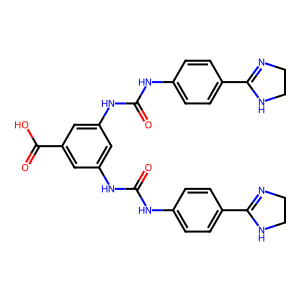
SMILES: O=C(Nc1ccc(C2=NCCN2)cc1)Nc1cc(NC(=O)Nc2ccc(C3=NCCN3)cc2)cc(C(=O)O)c1
Inhibits HIV replication: No